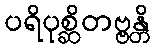
ပရိပုစ္ဆိတဗ္ဗန္တိ